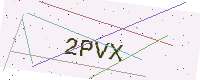
Text: 2PVX